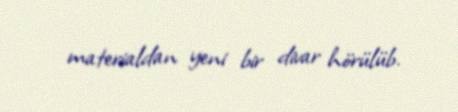
materialdan yeni bir divar hörülüb.